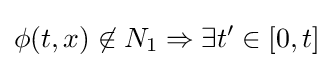
\phi (t,x)\not \in N_{1}\Rightarrow \exists t'\in [0,t]